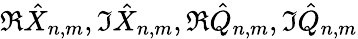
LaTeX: \Re\hat{X}_{n,m},\Im\hat{X}_{n,m},\Re\hat{Q}_{n,m},\Im\hat{Q}_{n,m}